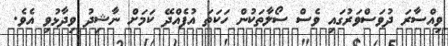
ވިއްސާރަ ދުވަސްވަރުގައި ވެސް ސޯލާތަކުން ހަކަތަ އުފެއްދޭ ކަމަށް ނާޝިދު ވިދާޅުވި އެވެ.